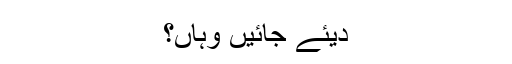
دیئے جائیں وہاں؟